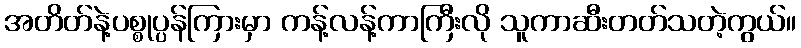
အတိတ်နဲ့ပစ္စုပ္ပန်ကြားမှာ ကန့်လန့်ကာကြီးလို သူကာဆီးတတ်သတဲ့ကွယ်။